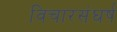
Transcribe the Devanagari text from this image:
विचारसंघर्ष